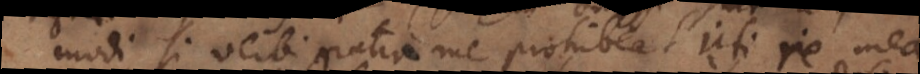
modi, si verbi gratia me prohibeat uti re mea